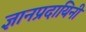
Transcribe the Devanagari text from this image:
ज्ञानप्रदायिनी